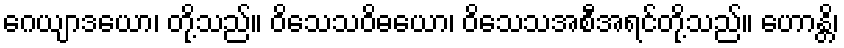
ဂေယျာဒယော၊ တို့သည်။ ဝိသေသဝိဓယော၊ ဝိသေသအစီအရင်တို့သည်။ ဟောန္တိ၊